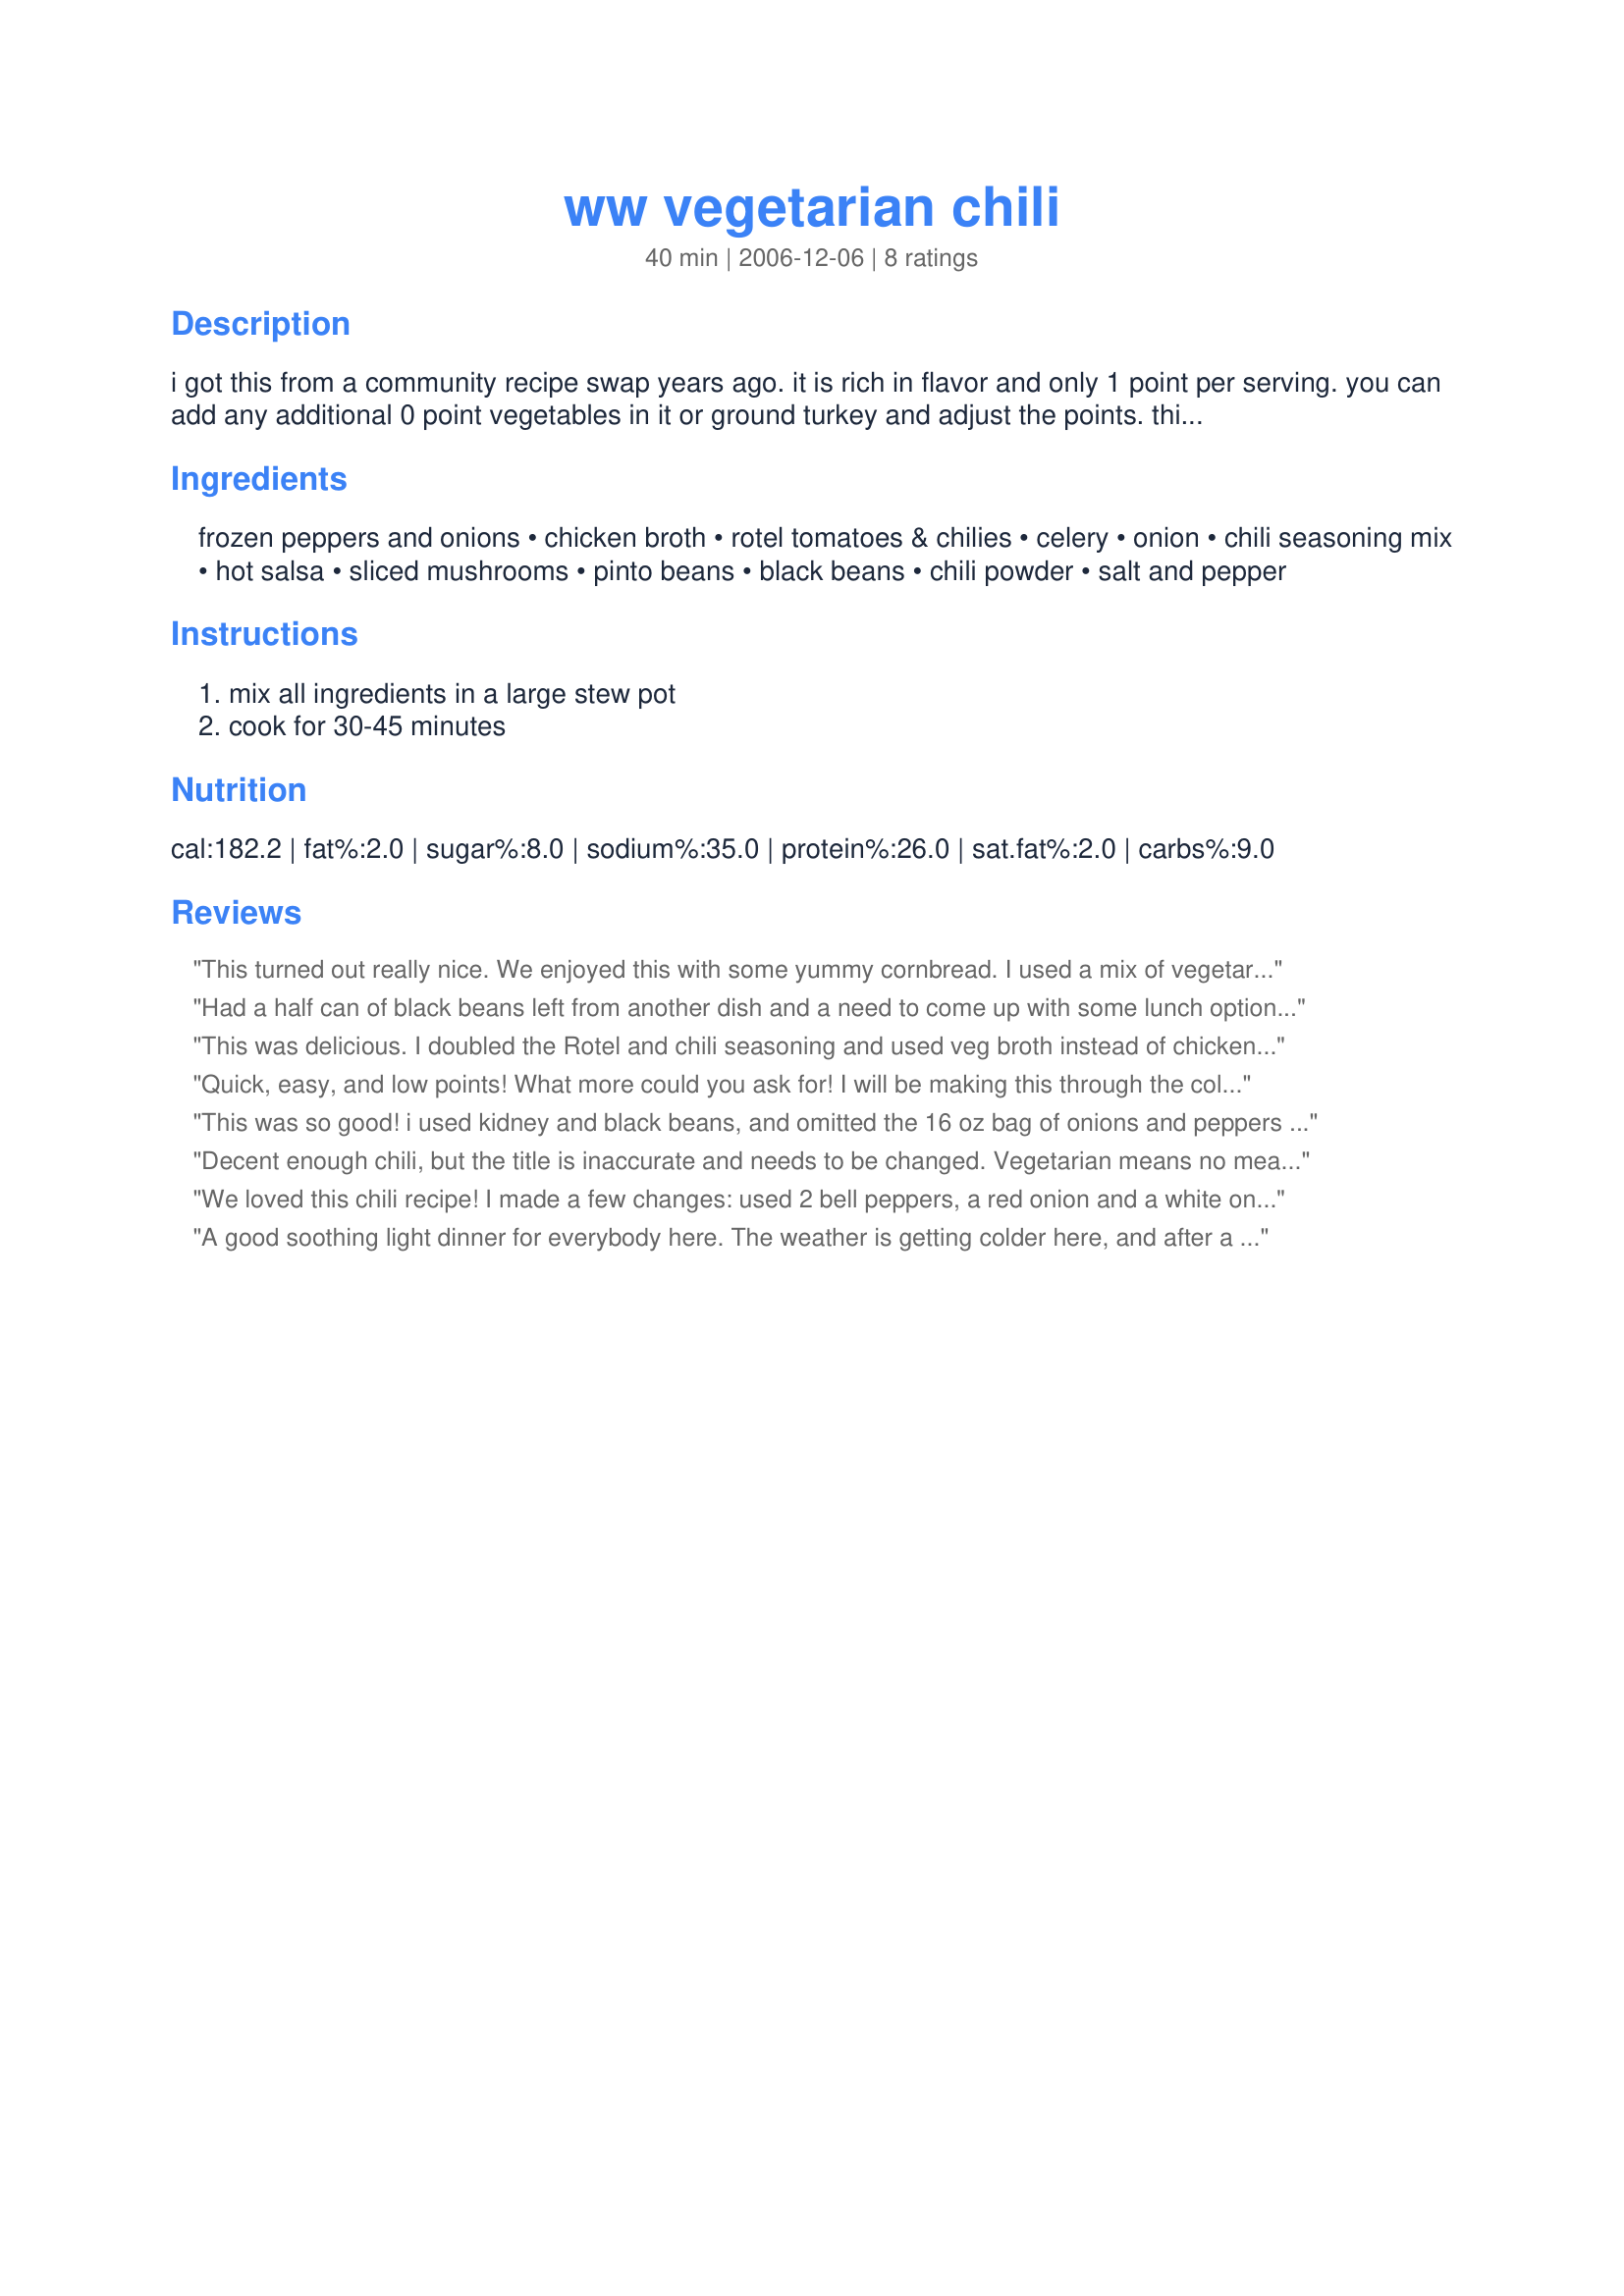
ww vegetarian chili
Preparation time: 40 minutes

i got this from a community recipe swap years ago. it is rich in flavor and only 1 point per serving. you can add any additional 0 point vegetables in it or ground turkey and adjust the points. this is one of my ww favorites

Ingredients:
frozen peppers and onions, chicken broth, rotel tomatoes & chilies, celery, onion, chili seasoning mix, hot salsa, sliced mushrooms, pinto beans, black beans, chili powder, salt and pepper

Steps:
mix all ingredients in a large stew pot, cook for 30-45 minutes

Reviews:
This turned out really nice. We enjoyed this with some yummy cornbread. I used a mix of vegetarian Mckays chicken seasoning and water for the broth to make it vegetarian. Thanks!
Had a half can of black beans left from another dish and a need to come up with some lunch options which were easy on the WW points. Replaced the red beans with an equivalent amount (in points) of corn. The results were more a thick soup than and chili, but nonetheless flavorful and filling. Lots of spice from my chipotle salsa and well stocked with veggies. Thanks BB.
This was delicious. I doubled the Rotel and chili seasoning and used veg broth instead of chicken. It was a wonderful meal for a cold night and at only 2 points per serving (per my calculations, maybe my bowls are bigger) it was incredible!
Quick, easy, and low points! What more could you ask for! I will be making this through the cold months to come. Thanks for posting.
This was so good! i used kidney and black beans, and omitted the 16 oz bag of onions and peppers and just added an extra can of kidney beans.
Decent enough chili, but the title is inaccurate and needs to be changed. Vegetarian means no meat products. Chicken stock is a meat by product. A true vegetarian would not make this chili as such.
We loved this chili recipe! I made a few changes: used 2 bell peppers, a red onion and a white onion instead of the frozen. I also threw in a carrot, courgette and some black olives lurking in the fridge! As I'd added more veggies, I also added another can of tomatoes. Let it simmer for over an hour to develop the flavour and really enjoyed it over white rice!
A good soothing light dinner for everybody here. The weather is getting colder here, and after a long day, this was nice and definately hit the spot. A recipe to make in the future.
